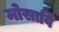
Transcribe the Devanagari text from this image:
मोसावि